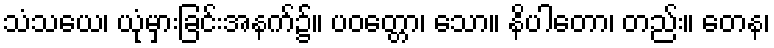
သံသယေ၊ ယုံမှားခြင်းအနက်၌။ ပဝတ္တော၊ သော။ နိပါတော၊ တည်း။ တေန၊